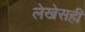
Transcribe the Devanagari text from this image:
लेखेसही